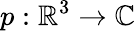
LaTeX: p:\mathbb{R}^{3}\to\mathbb{C}